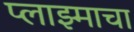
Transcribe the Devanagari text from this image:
प्लाझ्माचा